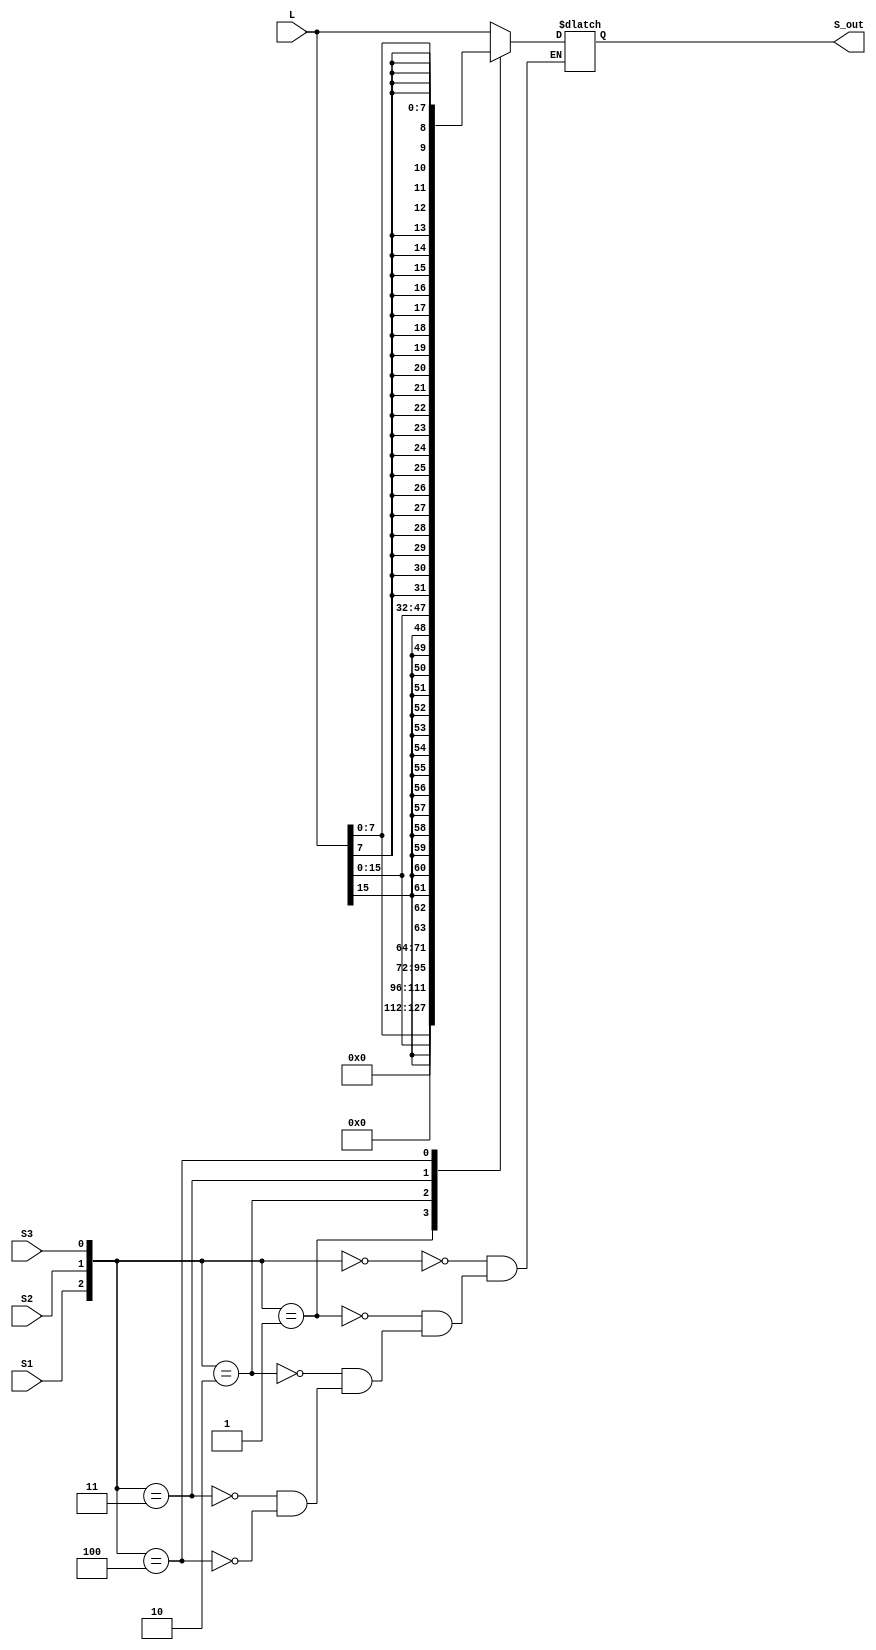
`timescale 1ns / 1ps
//////////////////////////////////////////////////////////////////////////////////
// Company: 
// Engineer: 
// 
// Design Name: 
// Module Name: Loader
// Project Name: 
// Target Devices: 
// Tool Versions: 
// Description: 
// 
// Dependencies: 
// 
// Revision:
// Revision 0.01 - File Created
// Additional Comments:
// 
//////////////////////////////////////////////////////////////////////////////////


module Loader(
input [31:0] L,
input S1,
input S2,
input S3,
output [31:0] S_out
);

reg [31:0] S;
always@(L or S1 or S2 or S3) begin
  case ({S1,S2,S3})//2-4
    3'b000:S<=L;
    3'b001:S<={16'b0,L[15:0]};
    3'b010:S<={24'b0,L[7:0]};
    3'b011:S<={{16{L[15]}},L[15:0]};
    3'b100:S<={{24{L[7]}},L[7:0]};
  endcase
end
assign S_out=S;
endmodule